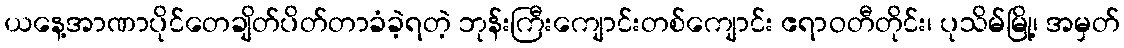
ယနေ့အာဏာပိုင်တေချိတ်ပိတ်တာခံခဲ့ရတဲ့ ဘုန်းကြီးကျောင်းတစ်ကျောင်း ဧရာဝတီတိုင်း၊ ပုသိမ်မြို့၊ အမှတ်